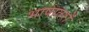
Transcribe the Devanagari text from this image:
भाषातरों